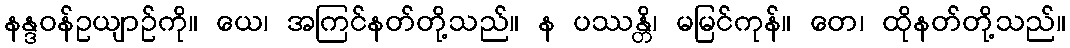
နန္ဒဝန်ဥယျာဉ်ကို။ ယေ၊ အကြင်နတ်တို့သည်။ န ပဿန္တိ၊ မမြင်ကုန်။ တေ၊ ထိုနတ်တို့သည်။